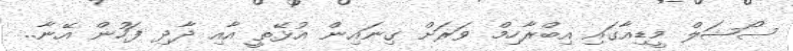
ސޯޝަލް މީޑިއާގައި އިބްރާހިމް ވަރަށް ގިނައިން އުޅޭތީ އާއި ދާދި ފަހުން އޭނާ..